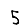
Digit: 5